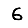
Digit: 6